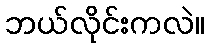
ဘယ်လိုင်းကလဲ။